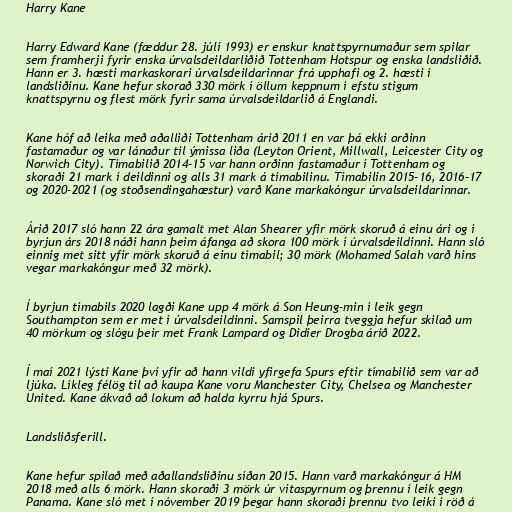
Harry Kane

Harry Edward Kane (fæddur 28. júlí 1993) er enskur knattspyrnumaður sem spilar
sem framherji fyrir enska úrvalsdeildarliðið Tottenham Hotspur og enska landsliðið.
Hann er 3. hæsti markaskorari úrvalsdeildarinnar frá upphafi og 2. hæsti í
landsliðinu. Kane hefur skorað 330 mörk í öllum keppnum í efstu stigum
knattspyrnu og flest mörk fyrir sama úrvalsdeildarlið á Englandi.

Kane hóf að leika með aðalliði Tottenham árið 2011 en var þá ekki orðinn
fastamaður og var lánaður til ýmissa liða (Leyton Orient, Millwall, Leicester City og
Norwich City). Tímabilið 2014–15 var hann orðinn fastamaður í Tottenham og
skoraði 21 mark í deildinni og alls 31 mark á tímabilinu. Tímabilin 2015–16, 2016–17
og 2020-2021 (og stoðsendingahæstur) varð Kane markakóngur úrvalsdeildarinnar.

Árið 2017 sló hann 22 ára gamalt met Alan Shearer yfir mörk skoruð á einu ári og í
byrjun árs 2018 náði hann þeim áfanga að skora 100 mörk í úrvalsdeildinni. Hann sló
einnig met sitt yfir mörk skoruð á einu tímabil; 30 mörk (Mohamed Salah varð hins
vegar markakóngur með 32 mörk).

Í byrjun tímabils 2020 lagði Kane upp 4 mörk á Son Heung-min í leik gegn
Southampton sem er met í úrvalsdeildinni. Samspil þeirra tveggja hefur skilað um
40 mörkum og slógu þeir met Frank Lampard og Didier Drogba árið 2022.

Í maí 2021 lýsti Kane því yfir að hann vildi yfirgefa Spurs eftir tímabilið sem var að
ljúka. Líkleg félög til að kaupa Kane voru Manchester City, Chelsea og Manchester
United. Kane ákvað að lokum að halda kyrru hjá Spurs.

Landsliðsferill.

Kane hefur spilað með aðallandsliðinu síðan 2015. Hann varð markakóngur á HM
2018 með alls 6 mörk. Hann skoraði 3 mörk úr vítaspyrnum og þrennu í leik gegn
Panama. Kane sló met í nóvember 2019 þegar hann skoraði þrennu tvo leiki í röð á